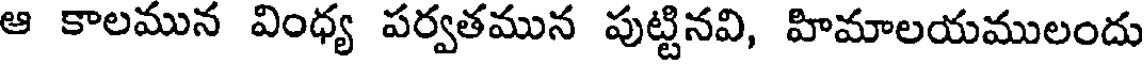
ఆ కాలమున వింధ్య పర్వతమున పుట్టినవి, హిమాలయములందు